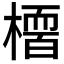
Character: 𭫻